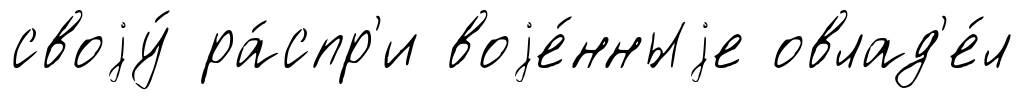
своjу́ ра́спр'и воjе́нныjе овлад'е́л